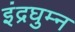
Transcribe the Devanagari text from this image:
इंद्रघुम्न